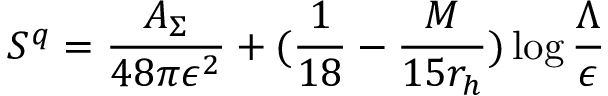
S ^ { q } = { \frac { A _ { \Sigma } } { 4 8 \pi \epsilon ^ { 2 } } } + ( { \frac { 1 } { 1 8 } } - { \frac { M } { 1 5 r _ { h } } } ) \log { \frac { \Lambda } { \epsilon } }